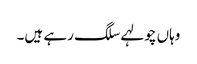
وہاں چولہے سلگ رہے ہیں۔